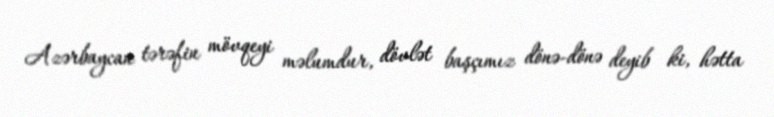
Azərbaycan tərəfin mövqeyi məlumdur, dövlət başçımız dönə-dönə deyib ki, hətta